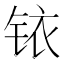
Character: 铱